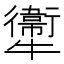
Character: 𤜂